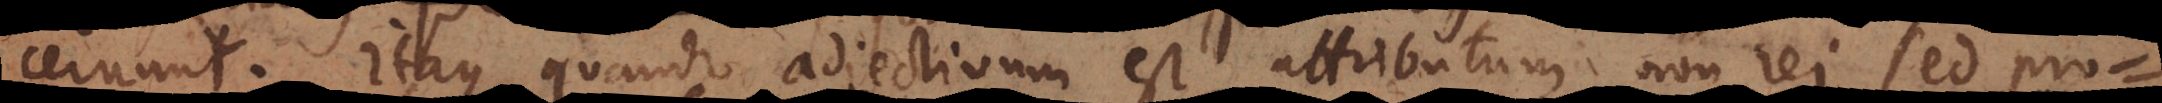
concernunt. Itaque quando adjectivum est attributum non rei sed propo